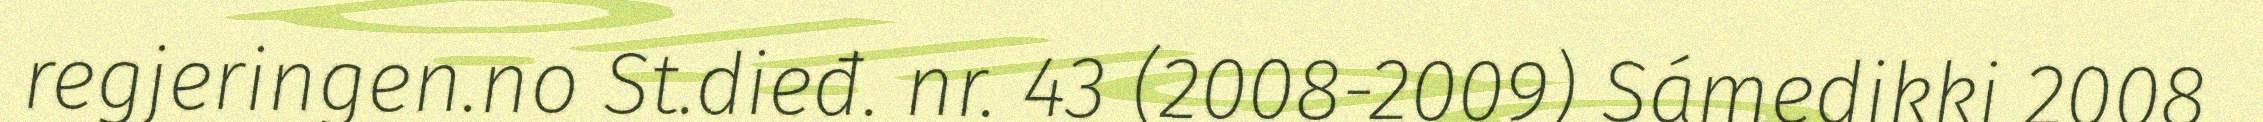
regjeringen.no St.dieđ. nr. 43 (2008-2009) Sámedikki 2008